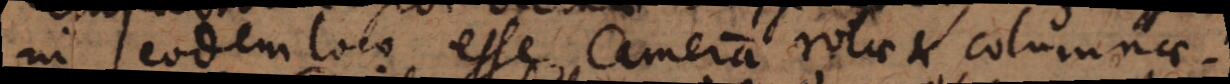
in eodem loco esse cameram rotae et columnae.